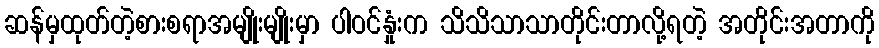
ဆန်မှထုတ်တဲ့စားစရာအမျိုးမျိုးမှာ ပါဝင်နှုံးက သိသိသာသာတိုင်းတာလို့ရတဲ့ အတိုင်းအတာကို